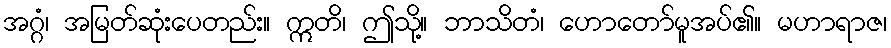
အဂ္ဂံ၊ အမြတ်ဆုံးပေတည်း။ ဣတိ၊ ဤသို့။ ဘာသိတံ၊ ဟောတော်မူအပ်၏။ မဟာရာဇ၊